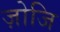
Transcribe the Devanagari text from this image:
ज़ोजि